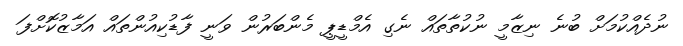
ނުދެއްކުމަށް ބުނެ ނިޒާމީ ނުކުތާތައް ނެގި އެމްޑީޕީ މެންބަރުން ވަނީ ފާޑުކިއުންތައް އަމާޒުކޮށްފަ